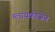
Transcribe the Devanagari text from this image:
ग्लायकोजेन